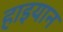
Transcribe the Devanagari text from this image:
हाइयान